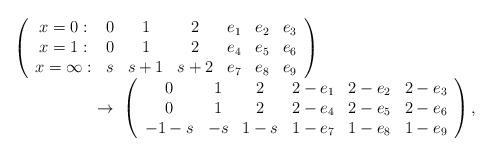
LaTeX: \begin{align*} \begin{array}{l} \left(\begin{array}{ccccccc}x=0:&0&1&2&e_1&e_2&e_3\\x=1:&0&1&2&e_4&e_5&e_6\\x=\infty:&s&s+1&s+2&e_7&e_8&e_9\end{array}\right)\\\hskip60pt\to\ \left(\begin{array}{cccccc}0&1&2&2-e_1&2-e_2&2-e_3\\0&1&2&2-e_4&2-e_5&2-e_6\\-1-s&-s&1-s&1-e_7&1-e_8&1-e_9\end{array}\right), \end{array} \end{align*}